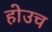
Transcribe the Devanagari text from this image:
होउच